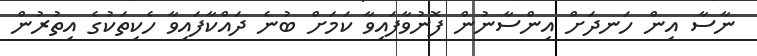
ނާސާ އިން ހަނދަށް އިންސާނުން ފޮނުވާފައިވާ ކަމަށް ބުނެ ދައްކާފައިވާ ހެކިތަކުގެ އިތުރުން